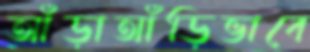
আঁড়াআঁড়িভাবে